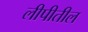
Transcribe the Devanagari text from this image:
लीपीतील